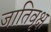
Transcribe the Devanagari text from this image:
जातिवृक्ष